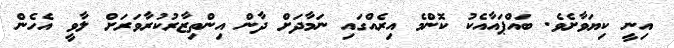
އިނީ ކިޔަވާށެވެ. ބައްޕައާއެކު ކޮންމެ އިރެއްގައި ނަމާދަށް ދާން އިންތިޒާރުކުރާވަރަށް ލާވީ އެހެން